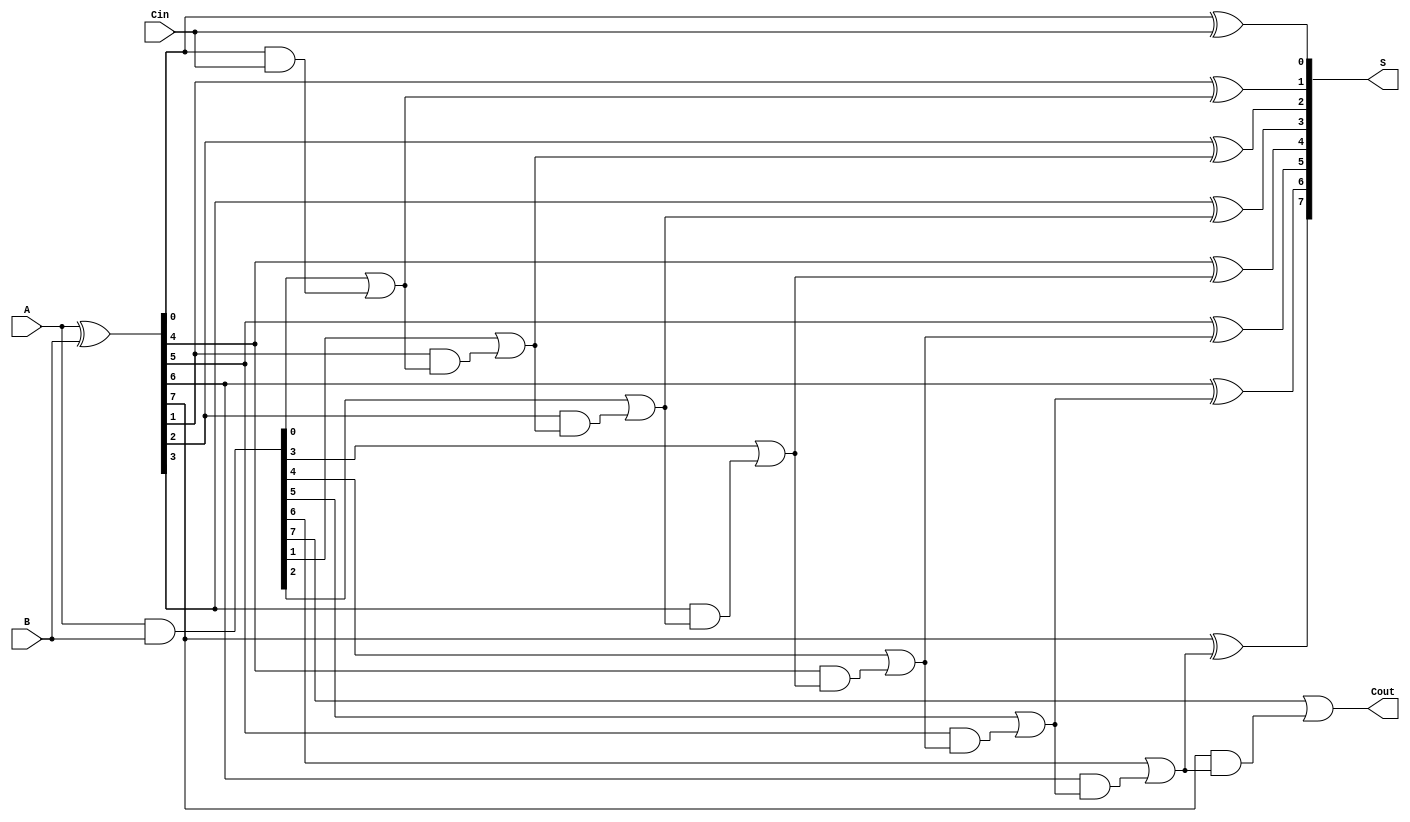
module SklanskyAdder #(parameter N = 8) (
    input [N-1:0] A,
    input [N-1:0] B,
    input Cin,
    output [N-1:0] S,
    output Cout
);

    // Generate and Propagate signals
    wire [N-1:0] G; // Generate signals
    wire [N-1:0] P; // Propagate signals
    wire [N:0] C;   // Carry signals

    // Generate and Propagate calculations
    assign G = A & B;
    assign P = A ^ B;

    // Carry calculations
    assign C[0] = Cin;

    genvar i;
    generate
        for (i = 0; i < N; i = i + 1) begin: carry_generation
            if (i == 0) begin
                assign C[i + 1] = G[i] | (P[i] & C[i]);
            end else begin
                assign C[i + 1] = G[i] | (P[i] & C[i]);
            end
        end
    endgenerate

    // Sum calculations
    generate
        for (i = 0; i < N; i = i + 1) begin: sum_generation
            assign S[i] = P[i] ^ C[i];
        end
    endgenerate

    // Final carry-out
    assign Cout = C[N];

endmodule